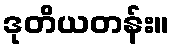
ဒုတိယတန်း။